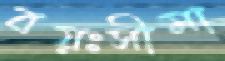
বয়ঃসীমা